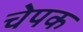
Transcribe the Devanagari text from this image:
चेपक